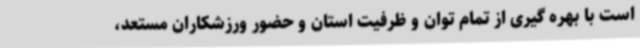
است با بهره گیری از تمام توان و ظرفیت استان و حضور ورزشکاران مستعد،